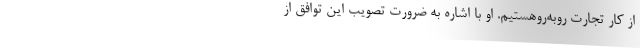
از کار تجارت روبه‌روهستیم. او با اشاره به ضرورت تصویب این توافق از